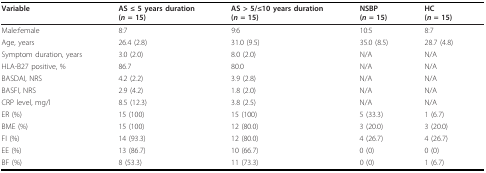
<table><thead><tr><td><b>Variable</b></td><td><b>AS ≤ 5 years duration(<i>n </i>= 15)</b></td><td><b>AS &gt; 5/≤10 years duration(<i>n </i>= 15)</b></td><td><b>NSBP(<i>n </i>= 15)</b></td><td><b>HC(<i>n </i>= 15)</b></td></tr></thead><tbody><tr><td>Male:female</td><td>8:7</td><td>9:6</td><td>10:5</td><td>8:7</td></tr><tr><td>Age, years</td><td>26.4 (2.8)</td><td>31.0 (9.5)</td><td>35.0 (8.5)</td><td>28.7 (4.8)</td></tr><tr><td>Symptom duration, years</td><td>3.0 (2.0)</td><td>8.0 (2.0)</td><td>N/A</td><td>N/A</td></tr><tr><td>HLA-B27 positive, %</td><td>86.7</td><td>80.0</td><td>N/A</td><td>N/A</td></tr><tr><td>BASDAI, NRS</td><td>4.2 (2.2)</td><td>3.9 (2.8)</td><td>N/A</td><td>N/A</td></tr><tr><td>BASFI, NRS</td><td>2.9 (4.2)</td><td>1.8 (2.0)</td><td>N/A</td><td>N/A</td></tr><tr><td>CRP level, mg/l</td><td>8.5 (12.3)</td><td>3.8 (2.5)</td><td>N/A</td><td>N/A</td></tr><tr><td>ER (%)</td><td>15 (100)</td><td>15 (100)</td><td>5 (33.3)</td><td>1 (6.7)</td></tr><tr><td>BME (%)</td><td>15 (100)</td><td>12 (80.0)</td><td>3 (20.0)</td><td>3 (20.0)</td></tr><tr><td>FI (%)</td><td>14 (93.3)</td><td>12 (80.0)</td><td>4 (26.7)</td><td>4 (26.7)</td></tr><tr><td>EE (%)</td><td>13 (86.7)</td><td>10 (66.7)</td><td>0 (0)</td><td>0 (0)</td></tr><tr><td>BF (%)</td><td>8 (53.3)</td><td>11 (73.3)</td><td>0 (0)</td><td>1 (6.7)</td></tr></tbody></table>